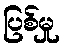
ပြစ်မှု